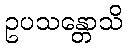
ဥပသန္တောသိ